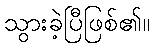
သွားခဲ့ပြီဖြစ်၏။